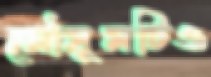
মৌসুমটিও